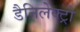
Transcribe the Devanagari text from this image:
डैनिलेक्ट्रो